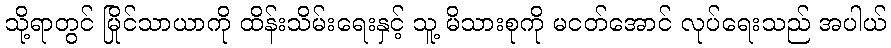
သို့ရာတွင် မြိုင်သာယာကို ထိန်းသိမ်းရေးနှင့် သူ့ မိသားစုကို မငတ်အောင် လုပ်ရေးသည် အပါယ်